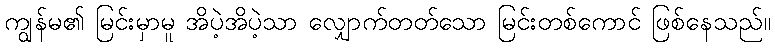
ကျွန်မ၏ မြင်းမှာမူ အိပဲ့အိပဲ့သာ လျှောက်တတ်သော မြင်းတစ်ကောင် ဖြစ်နေသည်။